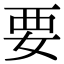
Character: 要